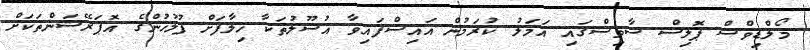
މޯލްޑިވްސް ޕޮލިސް ސާވިސްގައި އަމަލު ކުރަމުން އައިސްފައިވާ އުސޫލުތަކާ ހިލާފަށް ފުލުހުންގެ އޮޕަރޭޝަންތަކަށް